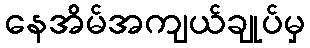
နေအိမ်အကျယ်ချုပ်မှ